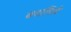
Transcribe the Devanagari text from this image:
बनाविले